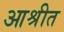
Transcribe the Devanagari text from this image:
आश्रीत